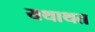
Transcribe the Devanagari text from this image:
यथाथत